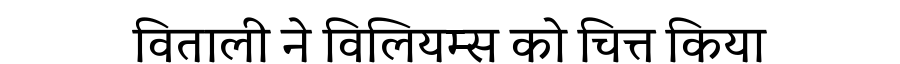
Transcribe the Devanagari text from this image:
विताली ने विलियम्स को चित्त किया